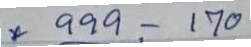
* 999 - 170